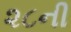
૨૮ની